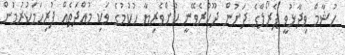
ހުޝާމް ވިދާޅުވީ ޕެރޯލްގެ ދަށުން ދޫކުރެވޭނީ ކުށްވެރިޔާ ހުކުމުގެ ވަކި މުއްދަތެއް ފުރިހަމަކުރުމުން